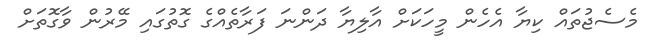
މެސެޖުތައް ކިޔާ އެހެން މީހަކަށް އާލިޔާ ދަންނަ ފަރާތެއްގެ ގޮތުގައި މޭރުން ވާގޮތަށް